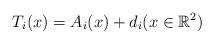
LaTeX: \begin{align*}T_i(x)=A_i(x)+d_i (x\in\mathbb R^2) \end{align*}